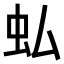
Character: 𧈥